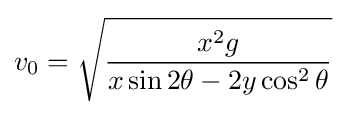
v_{0}={\sqrt {{x^{2}g} \over {x\sin 2\theta -2y\cos ^{2}\theta }}}